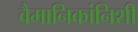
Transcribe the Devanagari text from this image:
वैमानिकांनिशी